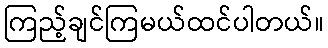
ကြည့်ချင်ကြမယ်ထင်ပါတယ်။